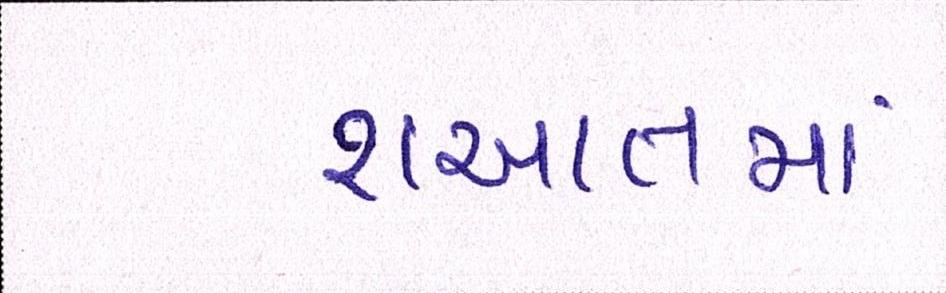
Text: શઆતમાં